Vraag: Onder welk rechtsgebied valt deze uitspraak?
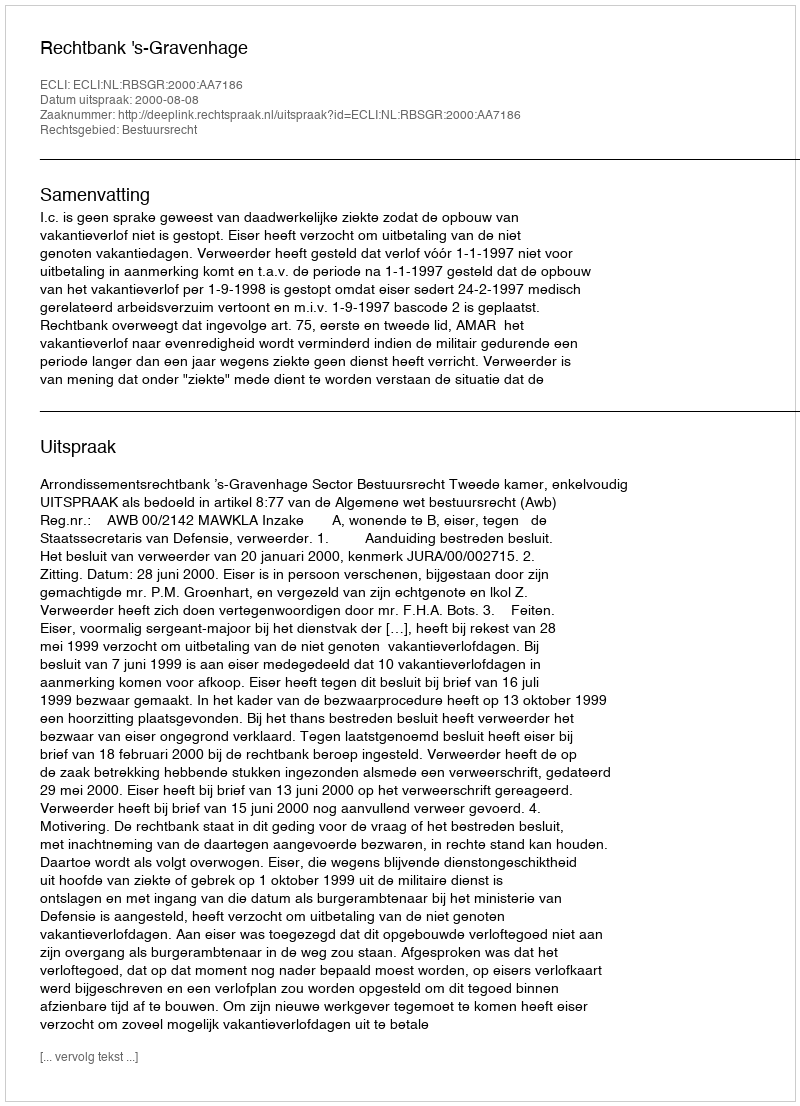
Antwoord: Bestuursrecht